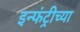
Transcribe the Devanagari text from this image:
इन्फंट्रीच्या